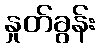
နှုတ်ခွန်း